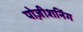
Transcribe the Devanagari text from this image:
पोज़ीशनिंग